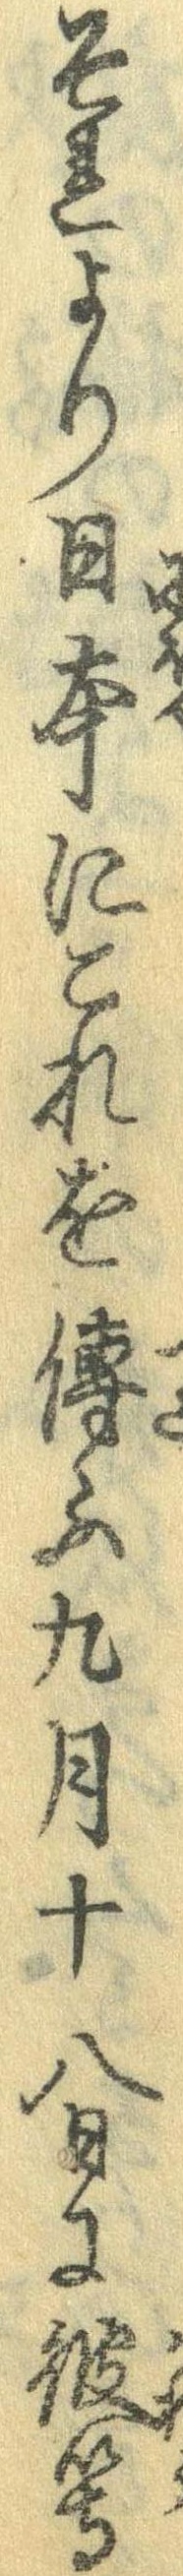
それより日本にこれを伝ふ九月十八日に彼等